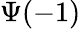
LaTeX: \Psi(-1)